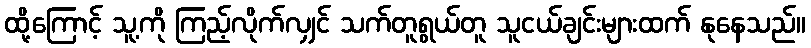
ထို့ကြောင့် သူ့ကို ကြည့်လိုက်လျှင် သက်တူရွယ်တူ သူငယ်ချင်းများထက် နုနေသည်။